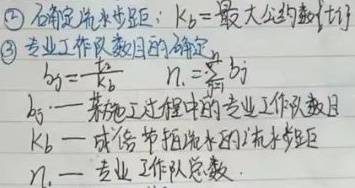
\textcircled{2} 确定流水步距：\(K_b = \text{最大公约数}\{t_i\}\)

\textcircled{3} 专业工作队数目的确定
\[
\begin{align*}
b_j&=\frac{t_j}{K_b}\\
n_1&=\sum_{j = 1}^{m}b_j
\end{align*}
\]
\(b_j\)——某施工过程中的专业工作队数目

\(K_b\)——成倍节拍流水的流水步距

\(n_1\)——专业工作队总数